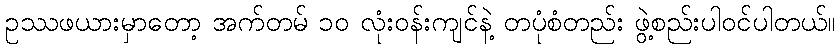
ဥဿဖယားမှာတော့ အက်တမ် ၁၀ လုံးဝန်းကျင်နဲ့ တပုံစံတည်း ဖွဲ့စည်းပါဝင်ပါတယ်။